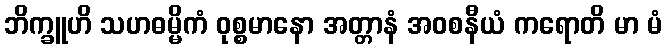
ဘိက္ခူဟိ သဟဓမ္မိကံ ဝုစ္စမာနော အတ္တာနံ အဝစနီယံ ကရောတိ မာ မံ